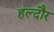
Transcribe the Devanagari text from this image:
हल्दौर